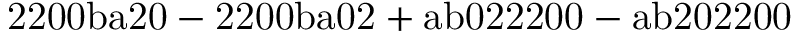
\mathrm { 2 2 0 0 b a 2 0 - 2 2 0 0 b a 0 2 + a b 0 2 2 2 0 0 - a b 2 0 2 2 0 0 }